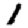
Digit: 1